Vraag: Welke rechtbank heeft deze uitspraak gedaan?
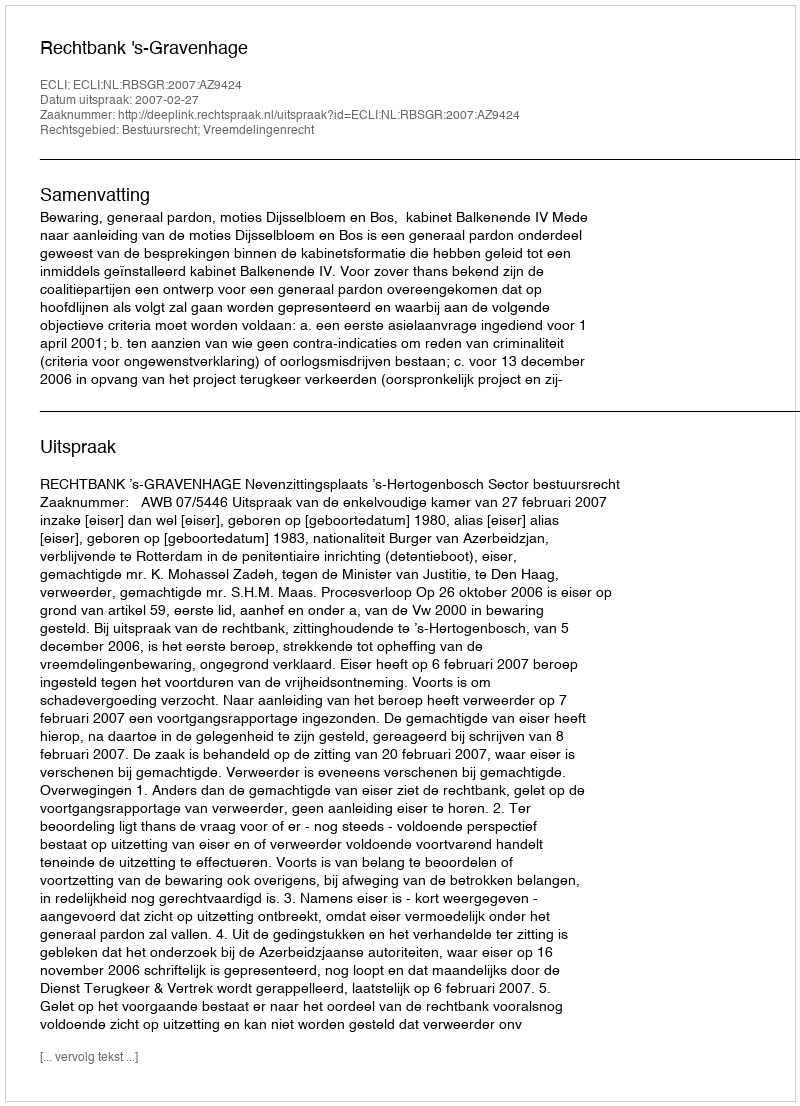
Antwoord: Rechtbank 's-Gravenhage